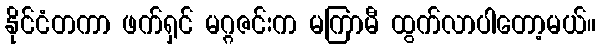
နိုင်ငံတကာ ဖက်ရှင် မဂ္ဂဇင်းက မကြာမီ ထွက်လာပါတော့မယ်။